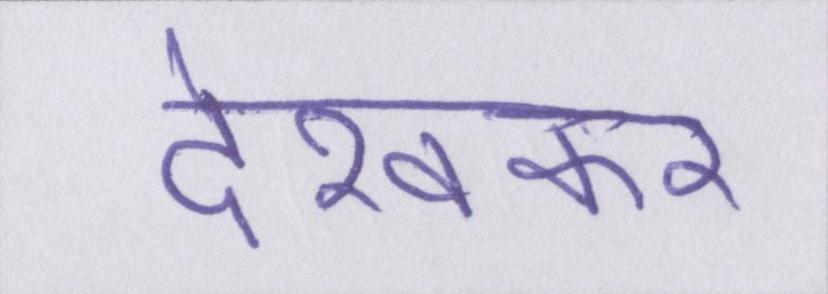
देखकर